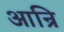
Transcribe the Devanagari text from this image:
आन्रि